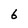
Character: 6